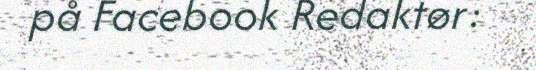
på Facebook Redaktør: